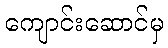
ကျောင်းဆောင်မှ